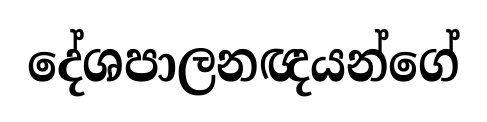
දේශපාලනඥයන්ගේ